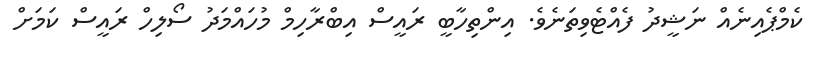
ކެމްޕެއިނެއް ނަޝީދު ފެއްޓެވިތަނެވެ. އިންތިހާބީ ރައީސް އިބްރާހިމް މުހައްމަދު ސޯލިހް ރައީސް ކަމަށް